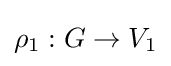
\rho _{1}:G\to V_{1}